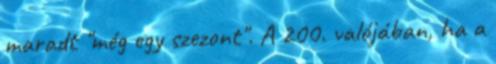
maradt "még egy szezont". A 200. valójában, ha a